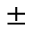
\pm